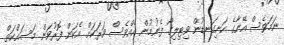
ނަމަވެސް އޭނާގެ ހަށިގަނޑުން ވިޓިލިގޯ ފެނުމުން އެއްވެސް ވަރަކަށް އެކަން ފޮރުވަން މަސައްކަތް